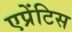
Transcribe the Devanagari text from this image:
एप्रेंटिस